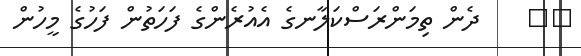
١٧    ދެން ތިމަންރަސްކަލާނގެ އެއުރެންގެ ފަހަތުން ފަހުގެ މީހުން